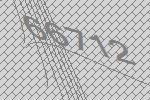
66712